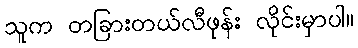
သူက တခြားတယ်လီဖုန်း လိုင်းမှာပါ။